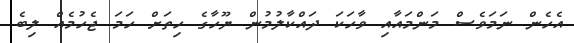
އެހެން ނަމަވެސް މަންމައާއި ވާހަކަ ދައްކާލުމުން ޔޫހާގެ ހިތަށް ހަމަ ޖެހުމެއް ލިބެ